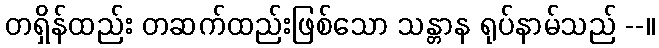
တရှိန်ထည်း တဆက်ထည်းဖြစ်သော သန္တာန ရုပ်နာမ်သည် --။